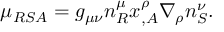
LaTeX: \mu _ { R S A } = g _ { \mu \nu } n _ { R } ^ { \mu } x _ { , A } ^ { \rho } \nabla _ { \rho } n _ { S } ^ { \nu } .